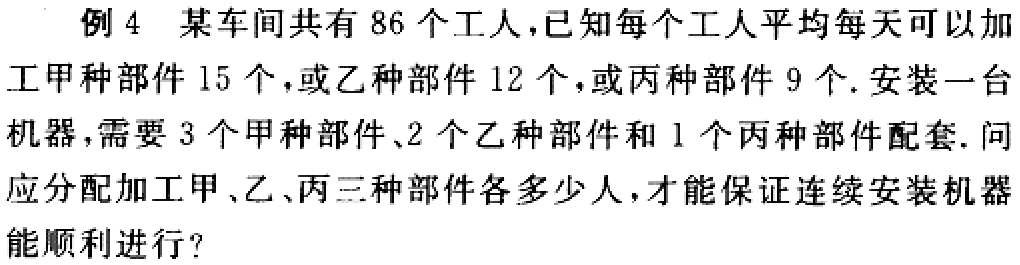
例4 某车间共有86个工人，已知每个工人平均每天可以加工甲种部件15个，或乙种部件12个，或丙种部件9个. 安装一台机器，需要3个甲种部件、2个乙种部件和1个丙种部件配套. 问应分配加工甲、乙、丙三种部件各多少人，才能保证连续安装机器能顺利进行？